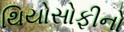
થિયોસોફીનો